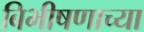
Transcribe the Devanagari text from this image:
बिभीषणाच्या